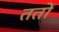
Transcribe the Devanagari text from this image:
ततो॑